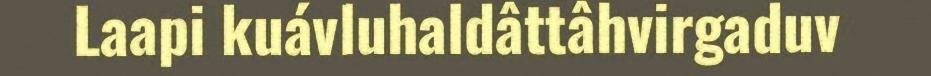
Laapi kuávluhaldâttâhvirgaduv